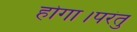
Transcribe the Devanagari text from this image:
होगा।परंतु